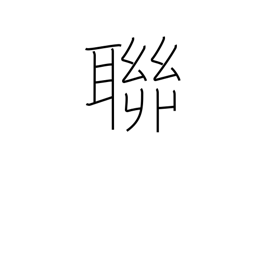
Meaning: gang